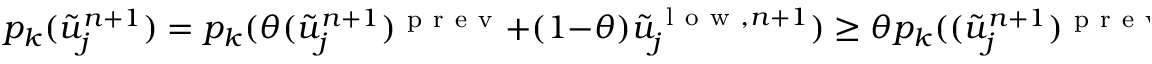
p _ { k } ( \tilde { u } _ { j } ^ { n + 1 } ) = p _ { k } ( \theta ( \tilde { u } _ { j } ^ { n + 1 } ) ^ { \mathrm { ~ p ~ r ~ e ~ v ~ } } + ( 1 - \theta ) \tilde { u } _ { j } ^ { \mathrm { ~ l ~ o ~ w ~ } , n + 1 } ) \ge \theta p _ { k } ( ( \tilde { u } _ { j } ^ { n + 1 } ) ^ { \mathrm { ~ p ~ r ~ e ~ v ~ } } ) + ( 1 - \theta ) p _ { k } ( \tilde { u } _ { j } ^ { \mathrm { ~ l ~ o ~ w ~ } , n + 1 } ) \ge \epsilon _ { j } , \qquad j = 0 , N